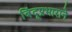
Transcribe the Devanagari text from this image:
बिंदूप्रभाराने